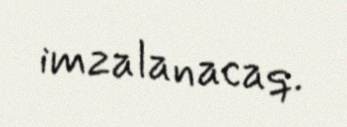
imzalanacaq.